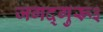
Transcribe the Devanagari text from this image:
जगद्गुरू३